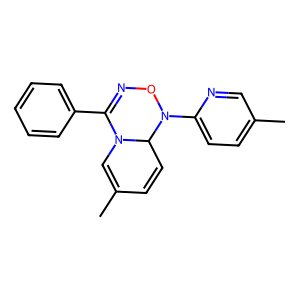
SMILES: CC1=CN2C(c3ccccc3)=NON(c3ccc(C)cn3)C2C=C1
Inhibits HIV replication: No